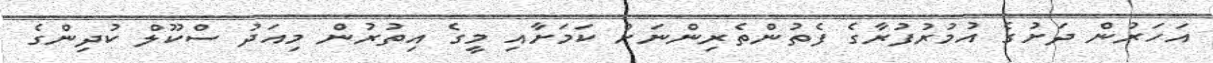
އަހަރުން ދަށުގެ އުމުރުފުރާގެ ފެތުންތެރިންނަށް ކަމަށާއި މީގެ އިތުރުން މިއަދު ސްކޫލް ކުދިންގެ